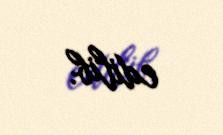
edilib.